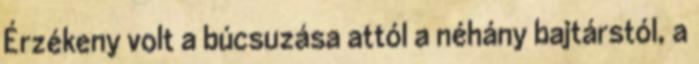
Érzékeny volt a búcsuzása attól a néhány bajtárstól, a